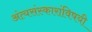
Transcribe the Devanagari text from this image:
अंत्यसंस्कारांविषयी